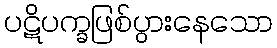
ပဋိပက္ခဖြစ်ပွားနေသော